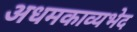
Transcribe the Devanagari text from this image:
अधमकाव्यभेद